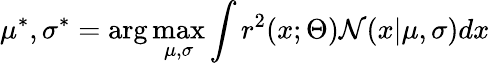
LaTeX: \mu^{*},\sigma^{*}=\arg\operatorname*{max}_{\mu,\sigma}\int r^{2}(x;\Theta)\mathcal{N}(x|\mu,\sigma)dx